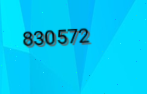
830572